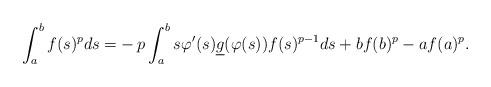
LaTeX: \begin{align*}\int_a^b f(s)^p ds = & -p\int_a^b s \varphi '(s) \underline g(\varphi (s)) f(s)^{p-1} ds + bf(b)^p -a f(a)^p.\end{align*}